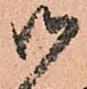
御